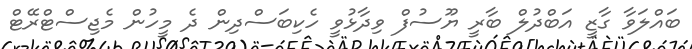
ބައްލަވާ ގާޒީ އަބްދުލް ބާރީ ޔޫސުފް ވިދާޅުވީ ހެކިބަސްދިން ދެ މީހުން މެޖިސްޓްރޭޓް